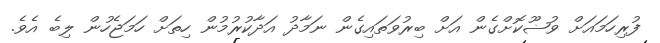
ފުރިހަމައަށް ވުޟޫކޮށްގެން އަށް ބިރުވަތައިގެން ނަމާދު އަދާކުރުމުން ހިތަށް ހަމަޖެހުން ލިބެ އެވެ.